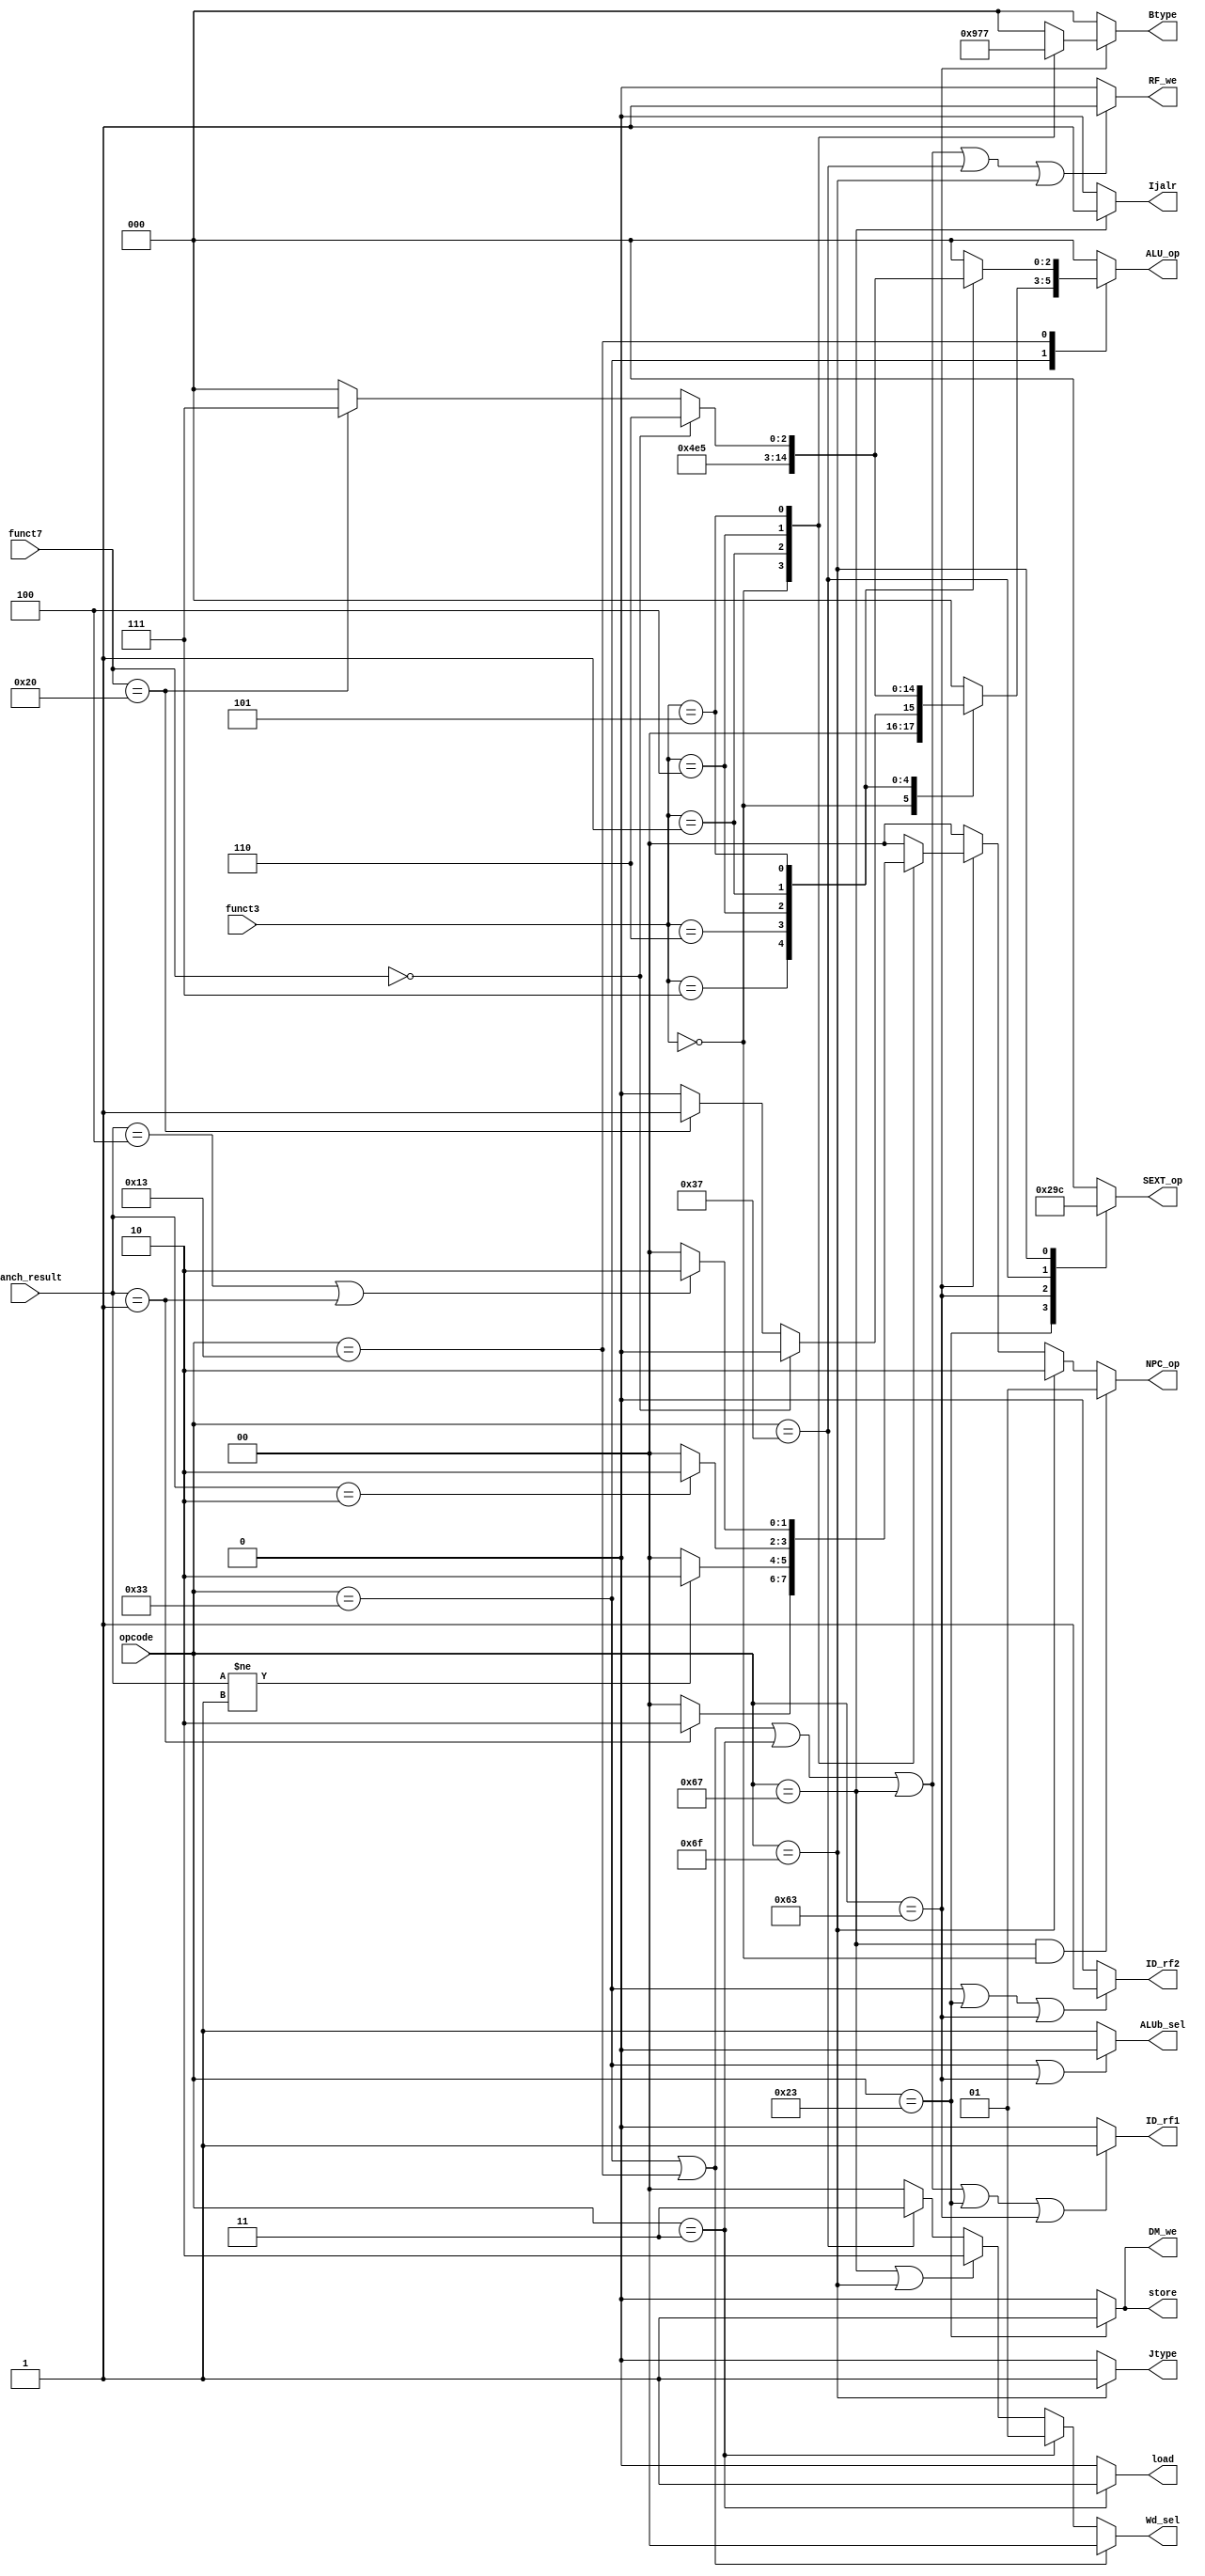
module CTRL(
    input [6:0] opcode,
    input [2:0] funct3,
    input [6:0] funct7,
    input [2:0] branch_result,
    output reg [1:0] NPC_op,
    output reg RF_we,
    output reg [1:0] Wd_sel,
    output reg [2:0] ALU_op,
    output reg ALUb_sel,
    output reg [2:0] SEXT_op,
    output reg DM_we,
    output reg ID_rf1, // ID stage rs1 read flag
    output reg ID_rf2, // ID stage rs2 read flag
    output reg load,
    output reg store,
    output reg [2:0] Btype,
    output reg Ijalr,
    output reg Jtype
);

parameter OPC_RTYPE = 'b0110011,
          OPC_ITYPE = 'b0010011,
          OPC_ITYPE_LW = 'b0000011,
          OPC_ITYPE_JALR = 'b1100111,
          OPC_STYPE = 'b0100011,
          OPC_JTYPE = 'b1101111,
          OPC_BTYPE = 'b1100011,
          OPC_UTYPE = 'b0110111,
          
          F3_ADD_OR_SUB = 'b000,
          F3_AND = 'b111,
          F3_OR = 'b110,
          F3_XOR = 'b100,
          F3_SLL = 'b001,
          F3_SR = 'b101, 
          F3_JALR = 'b000,
          F3_BEQ = 'b000,
          F3_BNE = 'b001,
          F3_BLT = 'b100,
          F3_BGE = 'b101,
          
          F7_DEFAULT = 'b0000000,
          F7_SUB_OR_ARITH = 'b0100000,
          
          BRANCH_EQ = 'b001,
          BRANCH_LT = 'b010,
          BRANCH_GT = 'b100,
          
          NPC_PC4 = 'b00,
          NPC_RA = 'b01,
          NPC_IMM = 'b10,
          
          WD_ALUC = 'b00,
          WD_DM = 'b01,
          WD_PC4 = 'b10,
          WD_SEXT = 'b11,
          
          ALU_ADD = 'b000,
          ALU_SUB = 'b001,
          ALU_AND = 'b010,
          ALU_OR = 'b011,
          ALU_XOR = 'b100,
          ALU_SLL = 'b101,
          ALU_SRL = 'b110,
          ALU_SRA = 'b111,
          
          SEXT_ITYPE = 'b000,
          SEXT_STYPE = 'b001,
          SEXT_BTYPE = 'b010,
          SEXT_UTYPE = 'b011,
          SEXT_JTYPE = 'b100;

// NPC_op
always @(*) begin
    // JALR: imm + rs1
    if (opcode == OPC_ITYPE_JALR && funct3 == F3_JALR) begin
        NPC_op = NPC_RA;
    end
    // JAL: PC + imm
    else if (opcode == OPC_JTYPE) begin
        NPC_op = NPC_IMM;
    end
    // B-type: according to branch result
    else if (opcode == OPC_BTYPE) begin
        case(funct3)
            F3_BEQ: NPC_op = (branch_result == BRANCH_EQ) ? NPC_IMM : NPC_PC4;
            F3_BNE: NPC_op = (branch_result != BRANCH_EQ) ? NPC_IMM : NPC_PC4;
            F3_BLT: NPC_op = (branch_result == BRANCH_LT) ? NPC_IMM : NPC_PC4;
            F3_BGE: NPC_op = (branch_result == BRANCH_GT || branch_result == BRANCH_EQ) ? NPC_IMM : NPC_PC4;
            default: NPC_op = NPC_PC4;
        endcase
    end
    else begin
        NPC_op = NPC_PC4;
    end
end

// RF_we
always @(*) begin
    if (opcode == OPC_RTYPE || opcode == OPC_ITYPE || opcode == OPC_ITYPE_LW || opcode == OPC_ITYPE_JALR || opcode == OPC_UTYPE || opcode == OPC_JTYPE) begin
        RF_we = 1'b1;
    end
    else begin
        RF_we = 1'b0;
    end
end

// Wd_sel
always @(*) begin
    // R-type and I-type (not include lw or jalr): rd = alu_c
    if (opcode == OPC_RTYPE || opcode == OPC_ITYPE) begin
        Wd_sel = WD_ALUC;
    end
    // lw: rd = DRAM data
    else if (opcode == OPC_ITYPE_LW) begin
        Wd_sel = WD_DM;
    end
    // jalr and jal: rd = PC + 4
    else if (opcode == OPC_ITYPE_JALR || opcode == OPC_JTYPE) begin
        Wd_sel = WD_PC4;
    end
    // U-type: rd = imm
    else if (opcode == OPC_UTYPE) begin
        Wd_sel = WD_SEXT;
    end
    else begin
        Wd_sel = WD_ALUC;
    end
end

// ALU_op
always @(*) begin
    case(opcode)
        OPC_RTYPE: begin
            case(funct3)
                F3_ADD_OR_SUB: begin
                    if (funct7 == F7_DEFAULT) begin
                        ALU_op = ALU_ADD;
                    end
                    else if (funct7 == F7_SUB_OR_ARITH) begin
                        ALU_op = ALU_SUB;
                    end
                    else begin
                        ALU_op = 3'b000;
                    end
                end
                F3_AND: ALU_op = ALU_AND;
                F3_OR: ALU_op = ALU_OR;
                F3_XOR: ALU_op = ALU_XOR;
                F3_SLL: ALU_op = ALU_SLL;
                F3_SR: begin
                    if (funct7 == F7_DEFAULT) begin
                        ALU_op = ALU_SRL;
                    end
                    else if (funct7 == F7_SUB_OR_ARITH) begin
                        ALU_op = ALU_SRA;
                    end
                    else begin
                        ALU_op = 3'b000;
                    end
                end
                default: ALU_op = 3'b000;
            endcase
        end
        OPC_ITYPE: begin
            case(funct3)
                F3_ADD_OR_SUB: ALU_op = ALU_ADD;
                F3_AND: ALU_op = ALU_AND;
                F3_OR: ALU_op = ALU_OR;
                F3_XOR: ALU_op = ALU_XOR;
                F3_SLL: ALU_op = ALU_SLL;
                F3_SR: begin
                    if (funct7 == F7_DEFAULT) begin
                        ALU_op = ALU_SRL;
                    end
                    else if (funct7 == F7_SUB_OR_ARITH) begin
                        ALU_op = ALU_SRA;
                    end
                    else begin
                        ALU_op = 3'b000;
                    end
                end
                default: ALU_op = 3'b000;
            endcase
        end
        OPC_ITYPE_LW: ALU_op = ALU_ADD;
        OPC_STYPE: ALU_op = ALU_ADD;
        // OPC_BTYPE: ALU_op = ALU_SUB; **branch ahead**
        default: ALU_op = 3'b000;
    endcase
end

// ALUb_sel
always @(*) begin
    if (opcode == OPC_RTYPE || opcode == OPC_BTYPE) begin
        ALUb_sel = 1'b0;
    end
    else begin
        ALUb_sel = 1'b1;
    end
end

// SEXT_op
always @(*) begin
    case(opcode)
        OPC_ITYPE: SEXT_op = SEXT_ITYPE;
        OPC_STYPE: SEXT_op = SEXT_STYPE;
        OPC_BTYPE: SEXT_op = SEXT_BTYPE;
        OPC_UTYPE: SEXT_op = SEXT_UTYPE;
        OPC_JTYPE: SEXT_op = SEXT_JTYPE;
        default: SEXT_op = 3'b000;
    endcase
end

// DM_we
always @(*) begin
    if (opcode == OPC_STYPE) begin
        DM_we = 1'b1;
    end
    else begin
        DM_we = 1'b0;
    end
end

// ID_rf1
always @(*) begin
    if (opcode == OPC_RTYPE || opcode == OPC_ITYPE || opcode == OPC_ITYPE_LW ||opcode == OPC_ITYPE_JALR || opcode == OPC_STYPE || opcode == OPC_BTYPE) begin
        ID_rf1 = 1'b1;
    end
    else begin
        ID_rf1 = 1'b0;
    end
end

// ID_rf2
always @(*) begin
    if (opcode == OPC_RTYPE || opcode == OPC_STYPE || opcode == OPC_BTYPE) begin
        ID_rf2 = 1'b1;
    end
    else begin
        ID_rf2 = 1'b0;
    end
end

// load
always @(*) begin
    if (opcode == OPC_ITYPE_LW) begin
        load = 1'b1;
    end
    else begin
        load = 1'b0;
    end
end

// store
always @(*) begin
    if (opcode == OPC_STYPE) begin
        store = 1'b1;
    end
    else begin
        store = 1'b0;
    end
end

// Btype
always @(*) begin
    if (opcode == OPC_BTYPE) begin
        case(funct3)
            F3_BEQ: Btype = 3'b100;
            F3_BNE: Btype = 3'b101;
            F3_BLT: Btype = 3'b110;
            F3_BGE: Btype = 3'b111;
            default: Btype = 3'b000;
        endcase
    end
    else begin
        Btype = 3'b000;
    end
end

// jump
always @(*) begin
    if (opcode == OPC_ITYPE_JALR) begin
        Ijalr = 1'b1;
    end
    else begin
        Ijalr = 1'b0;
    end
end

// Jtype
always @(*) begin
    if (opcode == OPC_JTYPE) begin
        Jtype = 1'b1;
    end
    else begin
        Jtype = 1'b0;
    end
end

endmodule